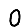
Digit: 0